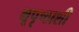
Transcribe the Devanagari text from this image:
भूपृष्ठाशी